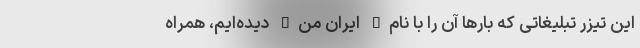
این تیزر تبلیغاتی که بارها آن را با نام" ایران من" دیده‌ایم، همراه